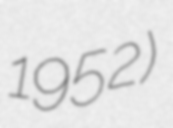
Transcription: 1952)